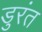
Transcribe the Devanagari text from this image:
डुरंत